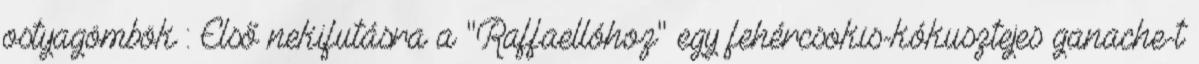
ostyagömbök : Első nekifutásra a "Raffaellóhoz" egy fehércsokis-kókusztejes ganache-t